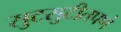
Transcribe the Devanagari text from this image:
सुटसुटीतपणे